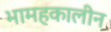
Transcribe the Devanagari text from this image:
भामहकालीन